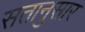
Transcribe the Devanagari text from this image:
सतानुसार